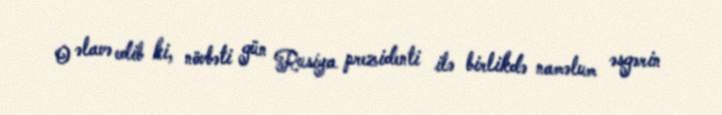
O əlavə edib ki, növbəti gün Rusiya prezidenti ilə birlikdə naməlum əsgərin